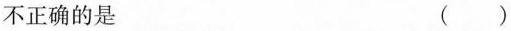
不正确的是 ( )